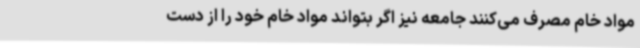
مواد خام مصرف می‌کنند جامعه نیز اگر بتواند مواد خام خود را از دست